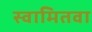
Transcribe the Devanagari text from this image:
स्वामितवा